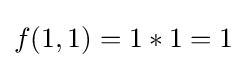
f(1,1)=1*1=1